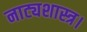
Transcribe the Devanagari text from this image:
नाट्यशास्त्र।